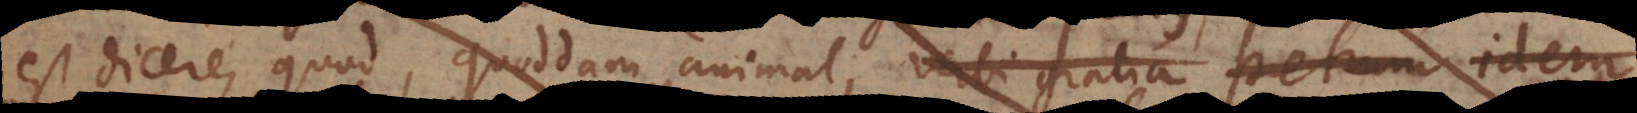
est dicere, quod quoddam animal, verbi gratia Petrum idem